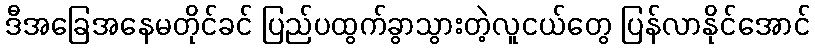
ဒီအခြေအနေမတိုင်ခင် ပြည်ပထွက်ခွာသွားတဲ့လူငယ်တွေ ပြန်လာနိုင်အောင်